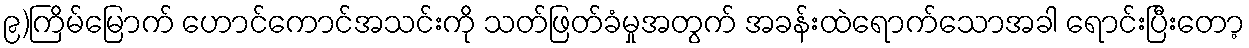
၉)ကြိမ်မြောက် ဟောင်ကောင်အသင်းကို သတ်ဖြတ်ခံမှုအတွက် အခန်းထဲရောက်သောအခါ ရောင်းပြီးတော့